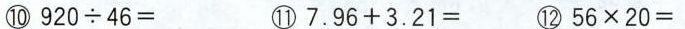
⑩920÷46= ①7.96+3.21= ②56×20=